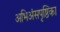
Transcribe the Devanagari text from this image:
अभिअंसपृष्ठिका